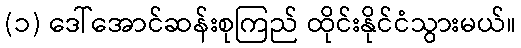
(၁) ဒေါ်အောင်ဆန်းစုကြည် ထိုင်းနိုင်ငံသွားမယ်။